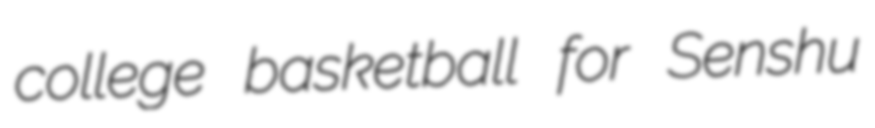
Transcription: college basketball for Senshu